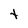
Character: t